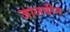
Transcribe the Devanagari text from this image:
जालबीन